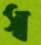
স্ব